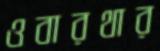
ওবারথার